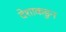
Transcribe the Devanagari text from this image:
देशाकडुन